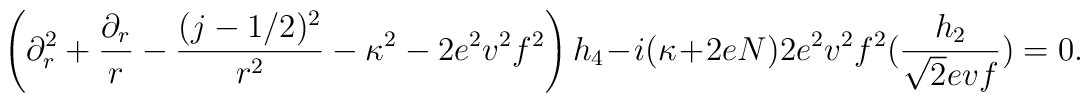
\left(\partial_r^2 +{\partial_r\over r}-{(j-1/2)^2\over r^2}-\kappa^2 -2e^2v^2f^2\right)  h_4-i(\kappa+2eN)2e^2v^2f^2({h_2\over \sqrt{2}evf}) =0.